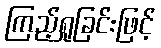
ကြည့်ရှုခြင်းဖြင့်